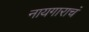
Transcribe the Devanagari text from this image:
नायगाराचं